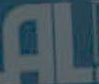
AL